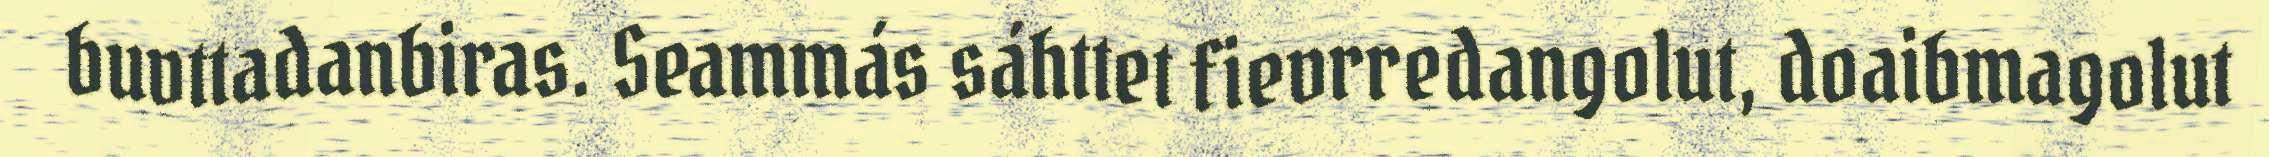
buvttadanbiras. Seammás sáhttet fievrredangolut, doaibmagolut